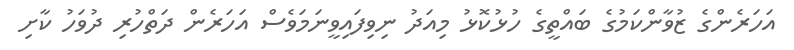
އަހަރެންގެ ޒުވާންކަމުގެ ބައްތީގެ ހުޅުކޮޅު މިއަދު ނިވިފައިވީނަމަވެސް އަހަރެން ދަތްހުރި ދުވަހު ކާށި